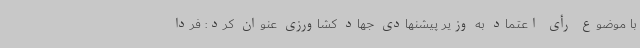
با موضوع رأی اعتماد به وزیر پیشنهادی جهاد کشاورزی عنوان کرد: فردا